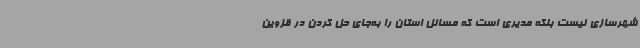
شهرسازی نیست بلکه مدیری است که مسائل استان را به‌جای حل کردن در قزوین